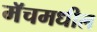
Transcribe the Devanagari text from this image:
मॅचमधील